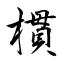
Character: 樌